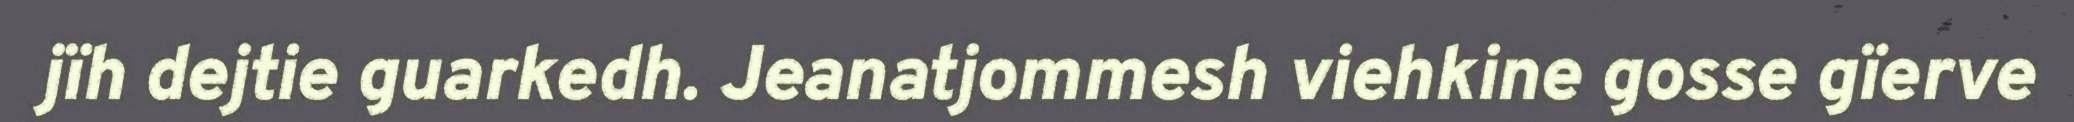
jïh dejtie guarkedh. Jeanatjommesh viehkine gosse gïerve